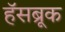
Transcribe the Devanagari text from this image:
हॅसब्रूक